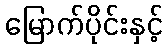
မြောက်ပိုင်းနှင့်